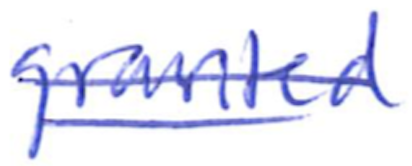
Text: granted
Cross-out: double-line
Writing tool: ballpoint